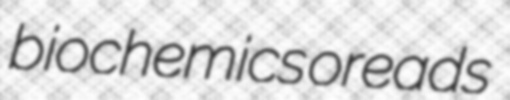
biochemics oreads